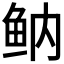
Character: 𱇔